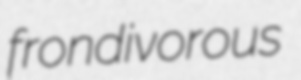
frondivorous